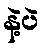
နဲ့ပဲ